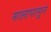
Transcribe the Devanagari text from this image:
मालापासून